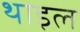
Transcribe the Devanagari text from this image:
थाइल